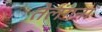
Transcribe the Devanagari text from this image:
तेलंगना